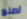
لصنع